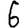
Digit: 6